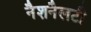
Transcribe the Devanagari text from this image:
नैशनैलटी